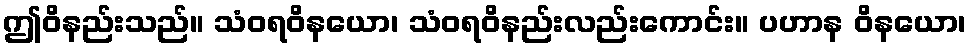
ဤဝိနည်းသည်။ သံဝရဝိနယော၊ သံဝရဝိနည်းလည်းကောင်း။ ပဟာန ဝိနယော၊